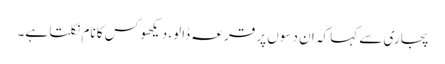
پجاری سے کہا کہ ان دسوں پر قرعہ ڈالو، دیکھو کس کا نام نکلتا ہے۔